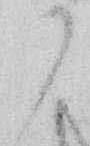
か